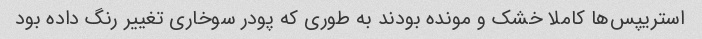
استریپس‌ها کاملا خشک و مونده بودند به طوری که پودر سوخاری تغییر رنگ داده بود